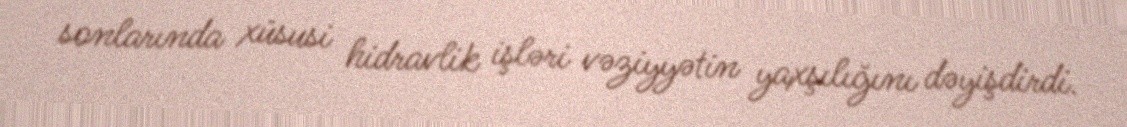
sonlarında xüsusi hidravlik işləri vəziyyətin yaxşılığını dəyişdirdi.